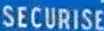
SECURISE